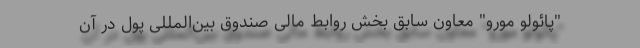
"پائولو مورو" معاون سابق بخش روابط مالی صندوق بین‌المللی پول در آن